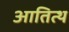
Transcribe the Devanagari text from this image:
आतित्थ